Vaccination in Bombay 1902-1912 - 1902-1912
Year: 1902
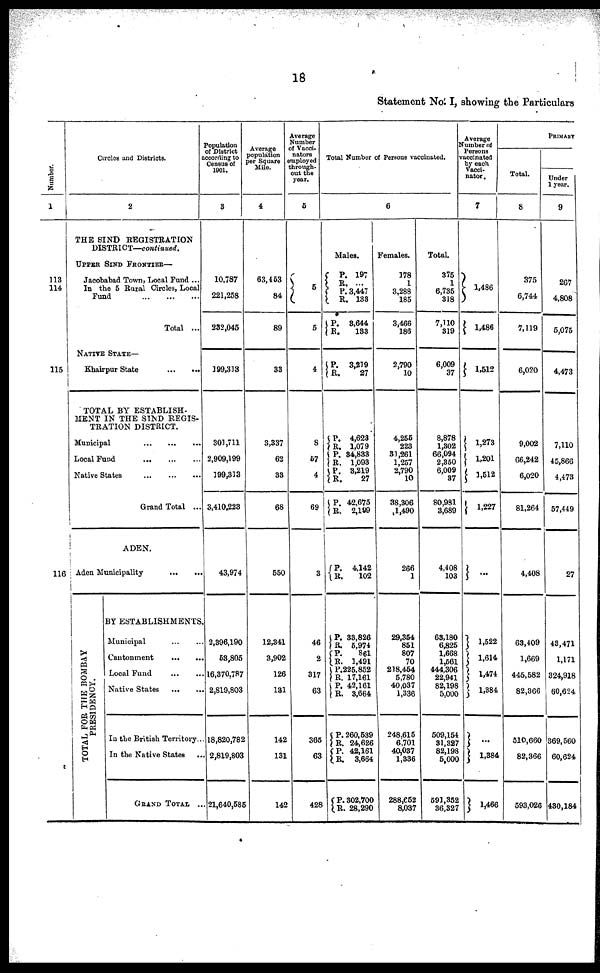
18
Statement No. I, showing the Particulars
Number.
1
113
114
115
116
Circles and Districts.
2
THE SIND REGISTRATION
DISTRICT—continued.
UPPER SIND FRONTIER—
Jacobabad Town, Local Fund ...
In the 5 Rural Circles, Local
Fund
...
...
...
Total ...
NATIVE STATE—
Khairpur State
...
...
TOTAL BY ESTABLISH.
MENT IN THE SIND REGIS-
TRATION DISTRICT.
Municipal
...
...
...
Local Fund
...
...
...
Native States
...
...
...
Grand Total ...
ADEN.
Aden Municipality
...
...
TOTAL FOR THE BOMBAY
PRESIDENCY.
BY ESTABLISHMENTS.
Municipal ... ...
Cantonment
...
...
Local Fund
...
...
Native States
In the British Territory...
In the Native States ...
GRAND TOTAL ..
Population
of District
according to
Census of
1901.
3
10,787
221,258
232,045
199,313
301,711
2,909,199
199,313
3,410,223
43,974
2,396,190
53,805
16,370,787
2,819,803
18,820,782
2,819,803
21,640,585
Average
population
per Square
Mile.
4
63,453
84
89
33
3,337
62
33
68
550
12,341
3,902
126
131
142
131
142
Average
Number
of Vacci¬
nators
employed
through¬
out the
year.
5
5
5
4
8
57
4
69
3
46
2
317
63
365
63
428
Total Number of Persons vaccinated.
6
Males.
P.
R.
P.
R.
P.
R.
P.
R.
P.
R.
P.
R.
P.
R.
P.
R.
P.
R.
P.
R.
P. R.
P. R.
P.
R.
P.
R.
P. R.
P.
R.
197
...
3,447
133
3,644
133
3,219
27
4,623
1,079
34,833
1,093
3,219
27
42,675
2,199
4,142
102
33,826
5,974
861
1,491
225,852
17,161
42,161
3,664
260,539
24,626
42,161
3,664
302,700
28,290
Females.
178
1
3,288
185
3,466
186
2,790
10
4,255
223
31,261
1,257
2,790
10
38,306
1,490
266
1
29,354
851
807
70
218,454
5,780
40,037
1,336
248,615
6,701
40,037
1,336
288,652
8,037
Total.
375
1
6,735
318
7,110
319
6,009
37
8,878
1,302
66,094
2,350
6,009
37
80,981
3,689
4,408
103
63,180
6,825
1,668
1,561
444,306
22,941
82,198
5,000
509,154
31,327
82,198
5,000
591,352
36,327
Average
Number of
Persons
vaccinated
by each
vacci¬
nator.
7
1,486
1,486
1,512
1,273
1,201
1,512
1,227
...
1,522
1,614
1,474
1,384
...
1,384
1,466
PRIMARY
Total.
8
375
6,744
7,119
6,020
9,002
66,242
6,020
81,264
4,408
63,409
1,669
445,582
82,366
510,660
82,366
593,026
Under
1 year.
9
267
4,808
5,075
4,473
7,110
45,866
4,473
57,449
27
43,471
1,171
324,918
60,624
369,560
60,624
430,184